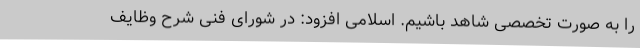
را به صورت تخصصی شاهد باشیم. اسلامی افزود: در شورای فنی شرح وظایف